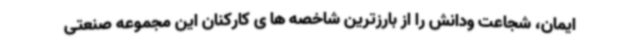
ایمان، شجاعت ودانش را از بارزترین شاخصه ها ی کارکنان این مجموعه صنعتی